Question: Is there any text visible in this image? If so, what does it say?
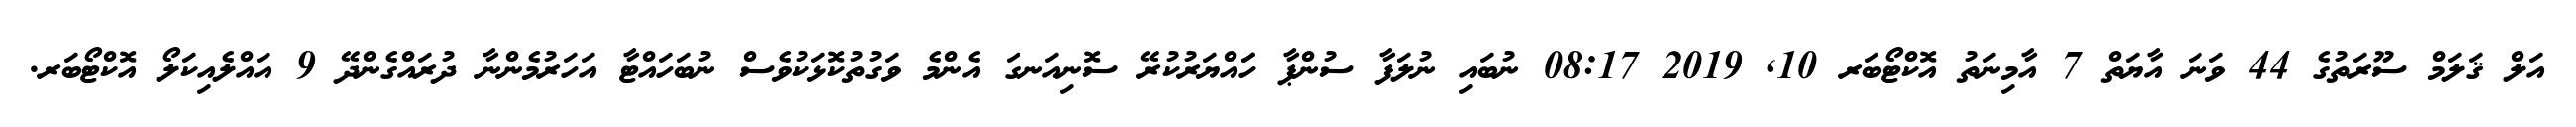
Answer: އަލް ޤަލަމް ސޫރަތުގެ 44 ވަނަ އާޔަތް 7 އާމިނަތު އޮކްޓޯބަރ 10, 2019 08:17 ނުބައި ނުލަފާ ސުންޕާ ހަައްޔަރުކުރޭ ސޮނިއަނގަ އެންމެ ވަގުތުކޮޅަކުވެސް ނުބަހައްޓާ އަހަރުމެންނާ ދުރައްގެންދޭ 9 އައްލެއިކަލޯ އޮކްޓޯބަރ.